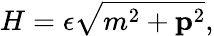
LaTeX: H=\epsilon\sqrt{m^{2}+{\mathbf p}^{2}},